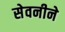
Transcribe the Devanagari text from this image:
सेवनीने